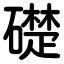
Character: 礎